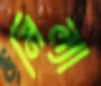
মিল্যা